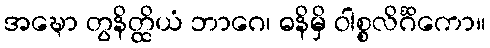
အဍ္ဎော တွနိတ္ထိယံ ဘာဂေ၊ ဓနိမှိ ဝါစ္စလိင်္ဂိကော။